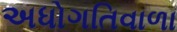
અધોગતિવાળા